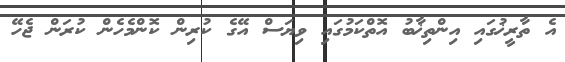
އެ ތާރީޚުގައި އިންތިޚާބު އޮތްކަމުގައި ވިޔަސް އޭގެ ކުރިން ކޮންމެހެން ކުރަން ޖެހޭ